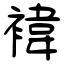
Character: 褘